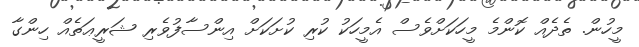
މީހުން. ތެދެއް ކޮންމެ މީހަކަށްވެސް އެމީހަކު ކުރި ކުށަކަށް އިންސާފުވެރި ޝަރީޢަތެއް ހިންގާ